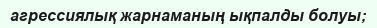
агрессиялық жарнаманың ықпалды болуы;